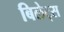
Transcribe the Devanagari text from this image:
बिलेट्स